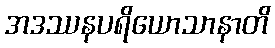
အဒဿနပရိယောသာနာတိ